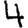
Digit: 4